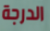
الدرجة